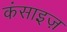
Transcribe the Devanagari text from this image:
कंसाइज़